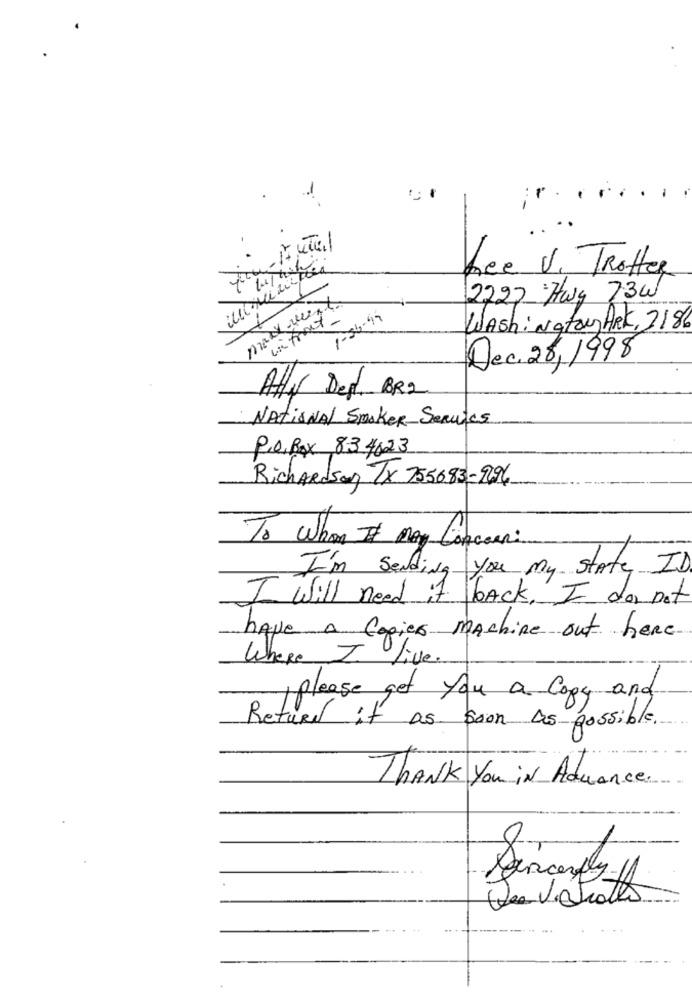
you tutal
Ree V. Trotter
2222 Hwy 73w
1-04-99
Washingtony ARK, 3186
Dec. 26,1998
Atter Deg. BR2
National Smaker Servies
P.O.Box 834623
Richardson TX 755683-996
To whom It may Concern:
I'm Sending you my state ID
I will need it back, I do not
have A Copies machine out here
Where I live.
, please get you a Copy and
Return it as soon as possible.
THANK You IN Advance.
8
Sincerely-11
De Vatrato